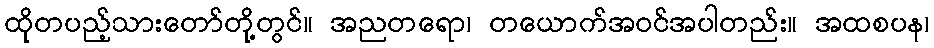
ထိုတပည့်သားတော်တို့တွင်။ အညတရော၊ တယောက်အဝင်အပါတည်း။ အထစပန၊